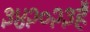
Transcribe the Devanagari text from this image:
३४२०२३है